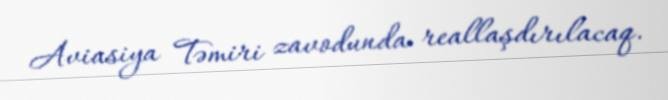
Aviasiya Təmiri zavodunda reallaşdırılacaq.